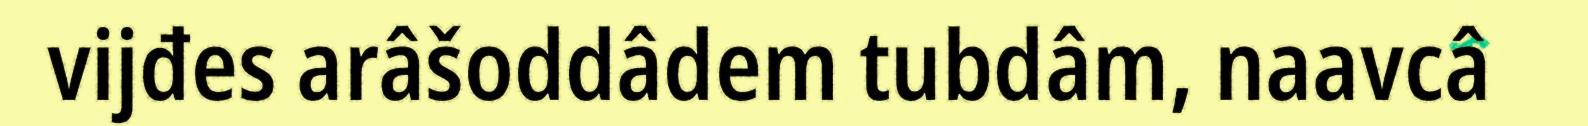
vijđes arâšoddâdem tubdâm, naavcâ